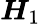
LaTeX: \boldsymbol{H}_{1}